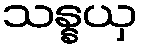
သန္နယှ